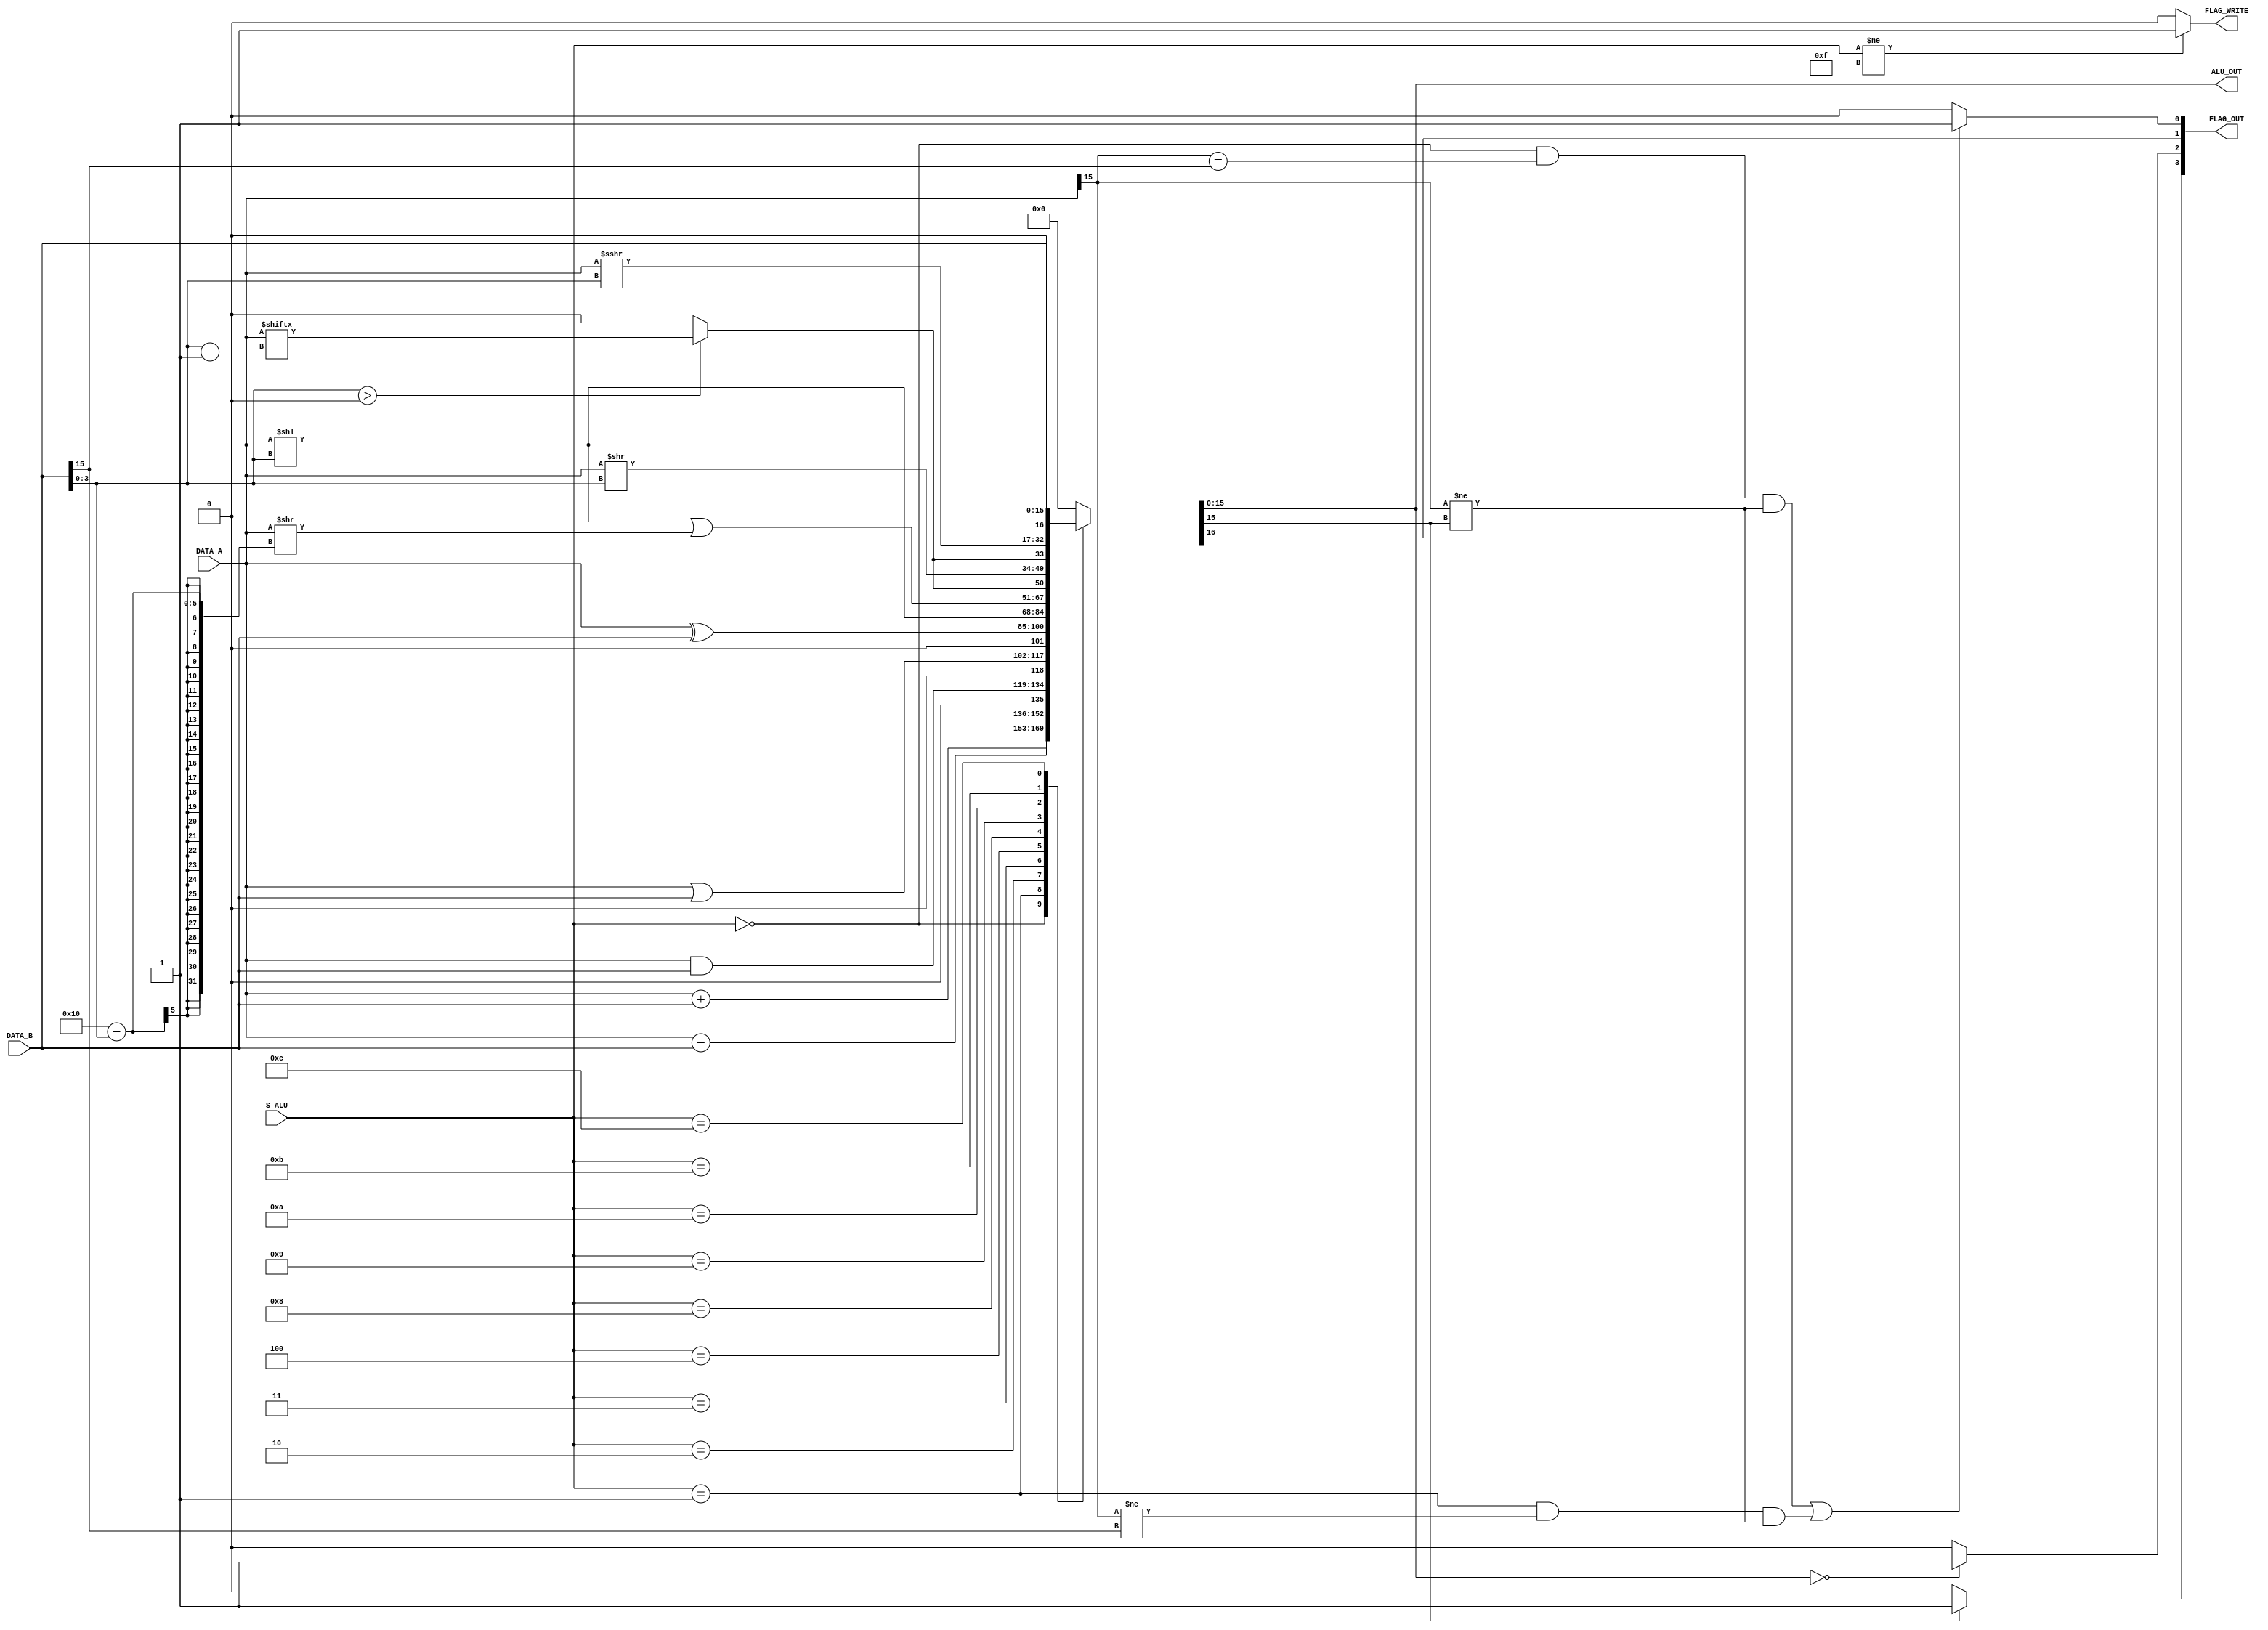
module ALU (
   input signed [15:0] DATA_A, DATA_B,
   input [3:0] 	       S_ALU,
   output [15:0]       ALU_OUT,
   output [3:0]        FLAG_OUT,
   output 	       FLAG_WRITE);

   localparam IADD = 4'b0000;
   localparam ISUB = 4'b0001;
   localparam IAND = 4'b0010;
   localparam IOR = 4'b0011;
   localparam IXOR = 4'b0100;
   localparam ISLL = 4'b1000;
   localparam ISLR = 4'b1001;
   localparam ISRL = 4'b1010;
   localparam ISRA = 4'b1011;
   localparam IIDT = 4'b1100;
   localparam INON = 4'b1111;

   wire S, Z, V;

   function [16:0] amux(
      input signed [15:0] A, B,
      input [3:0] Selector);

      case (Selector)
         IADD : amux = {1'b0, A} + {1'b0, B};
         ISUB : amux = {1'b0, A} - {1'b0, B};
         IAND : amux = {1'b0, A & B};
         IOR  : amux = {1'b0, A | B};
         IXOR : amux = {1'b0, A ^ B};
         ISLL : amux = {1'b0, A} << B[3:0];
         ISLR : amux = ({1'b0, A} << B[3:0]) | (A >> 16 - B[3:0]);
         ISRL : amux = {B[3:0] > 0 ? A[B[3:0] - 1] : 1'b0, A >> B[3:0]};
         ISRA : amux = {B[3:0] > 0 ? A[B[3:0] - 1] : 1'b0, A >>> B[3:0]};
         IIDT : amux = {1'b0, B};
         INON : amux = 17'b0;
         default : amux = 17'b0;
      endcase
   endfunction
  
   wire [16:0] result;

   assign result = amux(DATA_A, DATA_B, S_ALU);
   assign ALU_OUT = result[15:0];
   assign S = result[15] == 1'b1 ? 1'b1 : 1'b0;
   assign Z = result[15:0] == 16'b0 ? 1'b1 : 1'b0;
   assign V = (((S_ALU == IADD) && (DATA_A[15] == DATA_B[15]) && (DATA_A[15] != result[15]))
               || ((S_ALU == ISUB) && (DATA_A[15] != DATA_B[15]) && (DATA_A[15] != result[15]))) ? 1'b1 : 1'b0;
   assign FLAG_OUT = {S, Z, result[16], V};
   assign FLAG_WRITE = (S_ALU != INON) ? 1'b1 : 1'b0;
endmodule